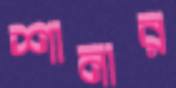
শানার